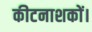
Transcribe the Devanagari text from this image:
कीटनाशकों।